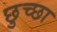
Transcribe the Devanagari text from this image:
छुच्छा